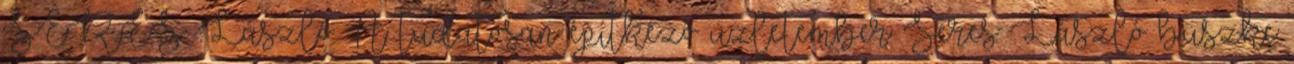
SERES László A tudatosan építkezô üzletember Seres László büszke